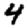
Digit: 4